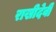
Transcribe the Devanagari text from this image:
राखीदेवी